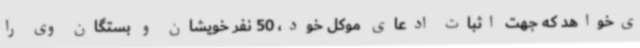
ی‌خواهد که جهت اثبات ادعای موکل خود، 50 نفر خویشان و بستگان وی را